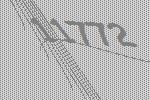
11772